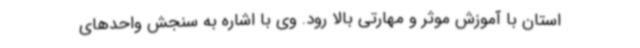
استان با آموزش موثر و مهارتی بالا رود. وی با اشاره به سنجش واحدهای